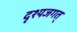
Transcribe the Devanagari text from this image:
दृश्यजगत्‌